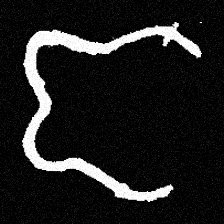
Pyu character \u2014 Myanmar letter: ဇ (romanized: ja)